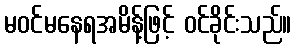
မဝင်မနေရအမိန့်ဖြင့် ဝင်ခိုင်းသည်။